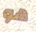
هو